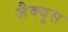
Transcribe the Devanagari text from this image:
जैक्यूस